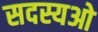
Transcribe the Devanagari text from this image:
सदस्यओ